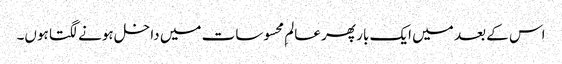
اس کے بعد میں ایک بار پھر عالمِ محسوسات میں داخل ہونے لگتا ہوں۔